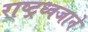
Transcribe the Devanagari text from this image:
राष्ट्रध्वजाने